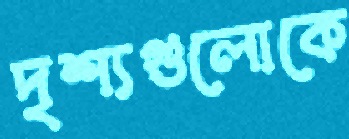
দৃশ্যগুলোকে